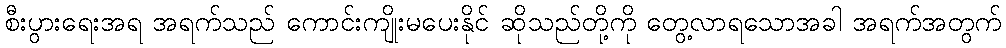
စီးပွားရေးအရ အရက်သည် ကောင်းကျိုးမပေးနိုင် ဆိုသည်တို့ကို တွေ့လာရသောအခါ အရက်အတွက်